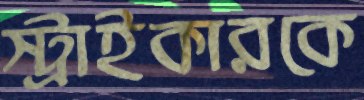
স্ট্রাইকারকে